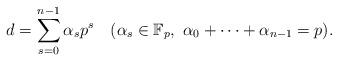
LaTeX: \begin{align*} d = \sum_{s=0}^{n-1} \alpha_s p^s \ \ \ (\alpha_s \in \mathbb{F}_p, \ \alpha_0 + \cdots + \alpha_{n-1} = p). \end{align*}